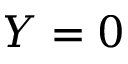
Y = 0